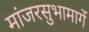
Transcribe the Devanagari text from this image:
मांजरसुभामार्गे